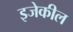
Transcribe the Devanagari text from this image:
इजेकील